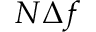
N \Delta f